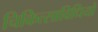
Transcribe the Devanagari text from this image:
चिकित्साविधियों